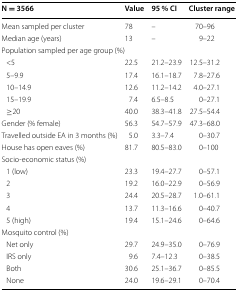
| N = 3566 | Value | 95 % CI | Cluster range |
 | --- | --- | --- | --- |
 | Mean sampled per cluster | 78 | – | 70–96 |
 | Median age (years) | 13 | – | 9–22 |
 | <COLSPAN=4> Population sampled per age group (%) |
 | <5 | 22.5 | 21.2–23.9 | 12.5–31.2 |
 | 5–9.9 | 17.4 | 16.1–18.7 | 7.8–27.6 |
 | 10–14.9 | 12.6 | 11.2–14.2 | 4.0–27.1 |
 | 15–19.9 | 7.4 | 6.5–8.5 | 0–27.1 |
 | ≥20 | 40.0 | 38.3–41.8 | 27.5–54.4 |
 | Gender (% female) | 56.3 | 54.7–57.9 | 47.3–68.0 |
 | Travelled outside EA in 3 months (%) | 5.0 | 3.3–7.4 | 0–30.7 |
 | House has open eaves (%) | 81.7 | 80.5–83.0 | 0–100 |
 | <COLSPAN=4> Socio-economic status (%) |
 | 1 (low) | 23.3 | 19.4–27.7 | 0–57.1 |
 | 2 | 19.2 | 16.0–22.9 | 0–56.9 |
 | 3 | 24.4 | 20.5–28.7 | 1.0–61.1 |
 | 4 | 13.7 | 11.3–16.6 | 0–40.7 |
 | 5 (high) | 19.4 | 15.1–24.6 | 0–64.6 |
 | <COLSPAN=4> Mosquito control (%) |
 | Net only | 29.7 | 24.9–35.0 | 0–76.9 |
 | IRS only | 9.6 | 7.4–12.3 | 0–38.5 |
 | Both | 30.6 | 25.1–36.7 | 0–85.5 |
 | None | 24.0 | 19.6–29.1 | 0–70.4 |